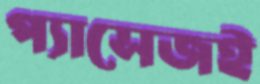
প্যাসেজই